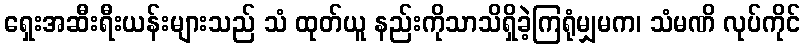
ရှေးအဆီးရီးယန်းများသည် သံ ထုတ်ယူ နည်းကိုသာသိရှိခဲ့ကြရုံမျှမက၊ သံမဏိ လုပ်ကိုင်